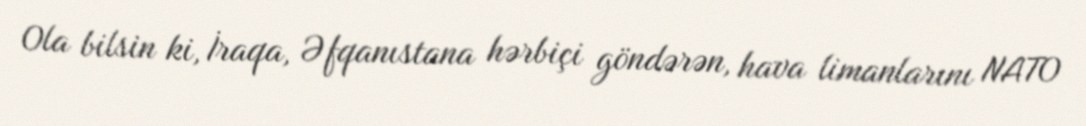
Ola bilsin ki, İraqa, Əfqanıstana hərbiçi göndərən, hava limanlarını NATO